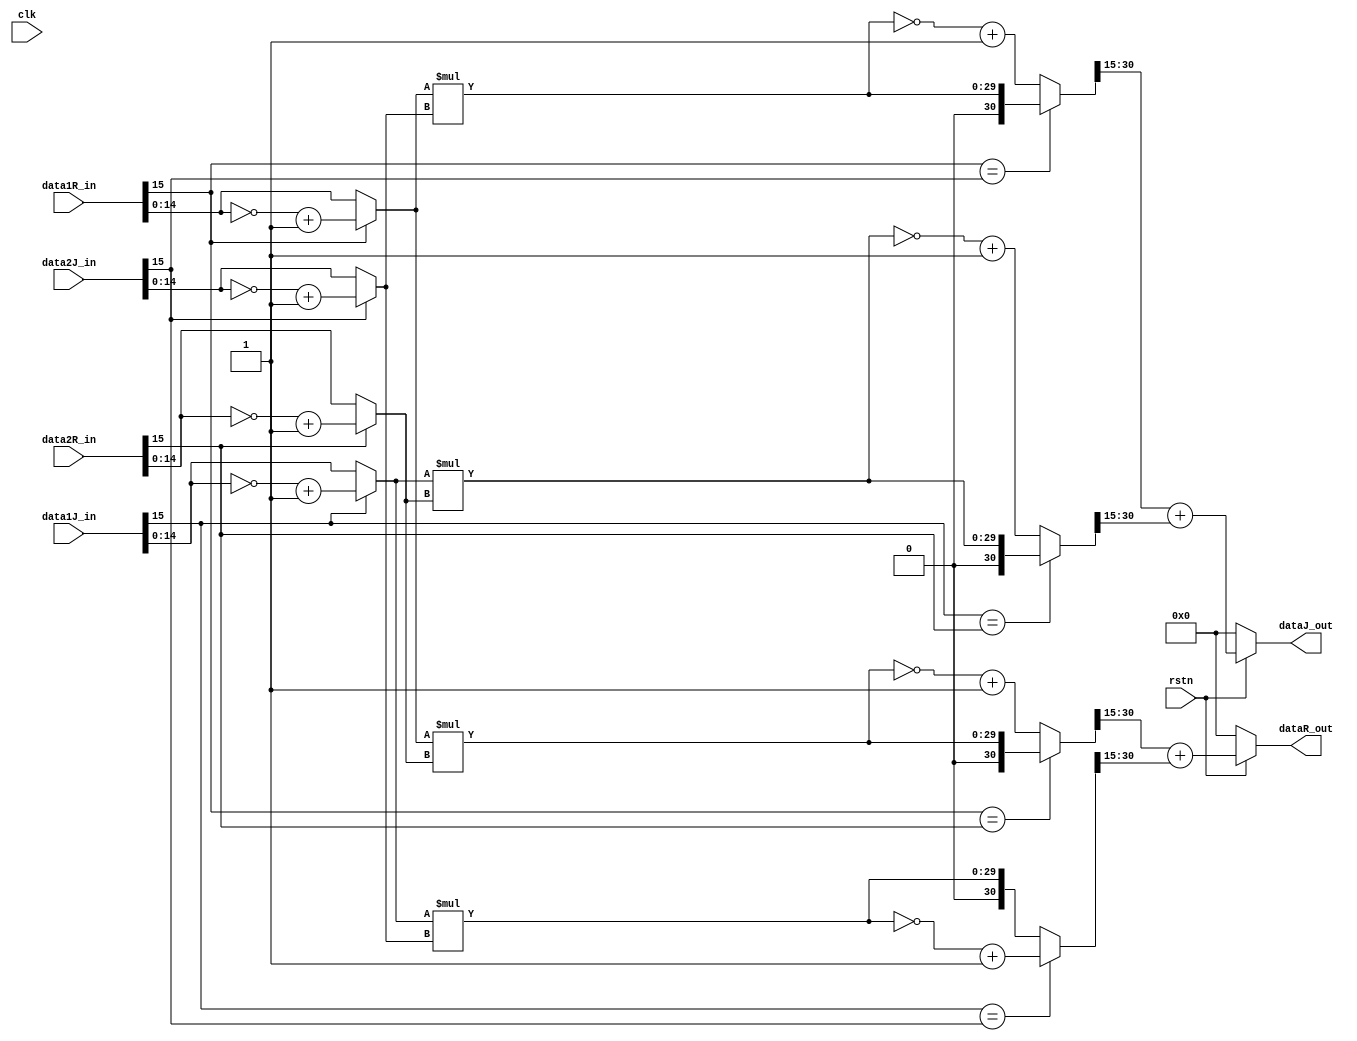
`timescale 1ns / 1ps
/*

*/
module mult_cplx(
    input wire clk,
    input wire rstn,
    input wire[15:0] data1R_in,
    input wire[15:0] data1J_in,
    input wire[15:0] data2R_in,
    input wire[15:0] data2J_in,
    output reg[15:0] dataR_out,
    output reg[15:0] dataJ_out
    );
    wire siga,sigb,sigc,sigd,sigr,sigj;
    assign siga = data1R_in[15];
    assign sigb = data1J_in[15];
    assign sigc = data2R_in[15];
    assign sigd = data2J_in[15];    //get
    assign sigr = dataR_out[15];
    assign sigj = dataJ_out[15];
    reg[15:0] tempa,tempb,tempc,tempd;    //
    reg[30:0] ac,ibd,ad,bc;    //
    always @(*)begin
        if(siga == 1'b1) tempa <= ~(data1R_in) + 16'h0001;
        else tempa <= data1R_in;
        if(sigb == 1'b1) tempb <= ~(data1J_in) + 16'h0001;
        else tempb <= data1J_in;
        if(sigc == 1'b1) tempc <= ~(data2R_in) + 16'h0001;
        else tempc <= data2R_in;
        if(sigd == 1'b1) tempd <= ~(data2J_in) + 16'h0001;
        else tempd <= data2J_in;    //get
        
        if(siga == sigc) ac <= {16'h0000,tempa[14:0]} * {16'h0000,tempc[14:0]};    //31
        else ac <= ~({16'h0000,tempa[14:0]} * {16'h0000,tempc[14:0]}) + 31'h0000_0001;
        if(sigb == sigd) ibd <= ~({16'h0000,tempb[14:0]} * {16'h0000,tempd[14:0]}) + 31'h0000_0001;
        else ibd <= {16'h0000,tempb[14:0]} * {16'h0000,tempd[14:0]};
        if(siga == sigd) ad <= {16'h0000,tempa[14:0]} * {16'h0000,tempd[14:0]};
        else ad <= ~({16'h0000,tempa[14:0]} * {16'h0000,tempd[14:0]}) + 31'h0000_0001;
        if(sigb == sigc) bc <= {16'h0000,tempb[14:0]} * {16'h0000,tempc[14:0]};
        else bc <= ~({16'h0000,tempb[14:0]} * {16'h0000,tempc[14:0]}) + 31'h0000_0001;    //get(
    end
    always @(*) begin
        if(rstn == 1'b0) begin
            dataR_out <= 16'b0000;
            dataJ_out <= 16'b0000;
        end
        else begin
            dataR_out <= ac[30:15] + ibd[30:15];    //31
            dataJ_out <= ad[30:15] + bc[30:15];
        end
    end
endmodule